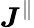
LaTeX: \boldsymbol J^{\parallel}